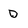
Character: D